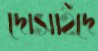
দোসাইদে